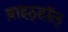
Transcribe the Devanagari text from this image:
व़ाइठ्हाॅल़्